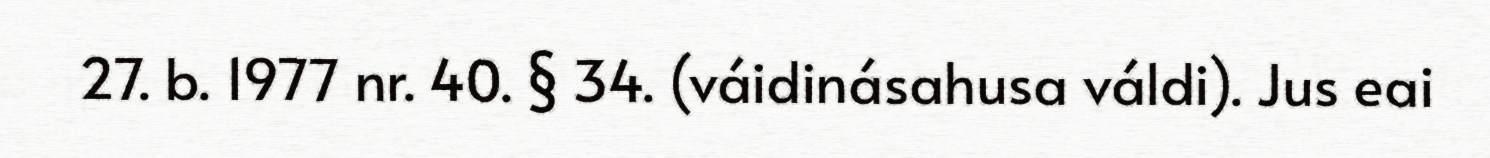
27. b. 1977 nr. 40. § 34. (váidinásahusa váldi). Jus eai